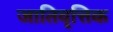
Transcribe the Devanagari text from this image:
जातिवृत्तिक